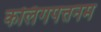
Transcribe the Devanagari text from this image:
कलिंगपत्तनम